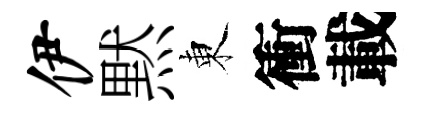
伊黙東衝載